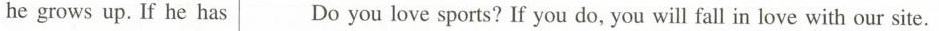
he grows up. If he has Do you love sports? If you do, you will fall in love with our site.